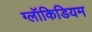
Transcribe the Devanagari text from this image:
ग्लॉकिडियम